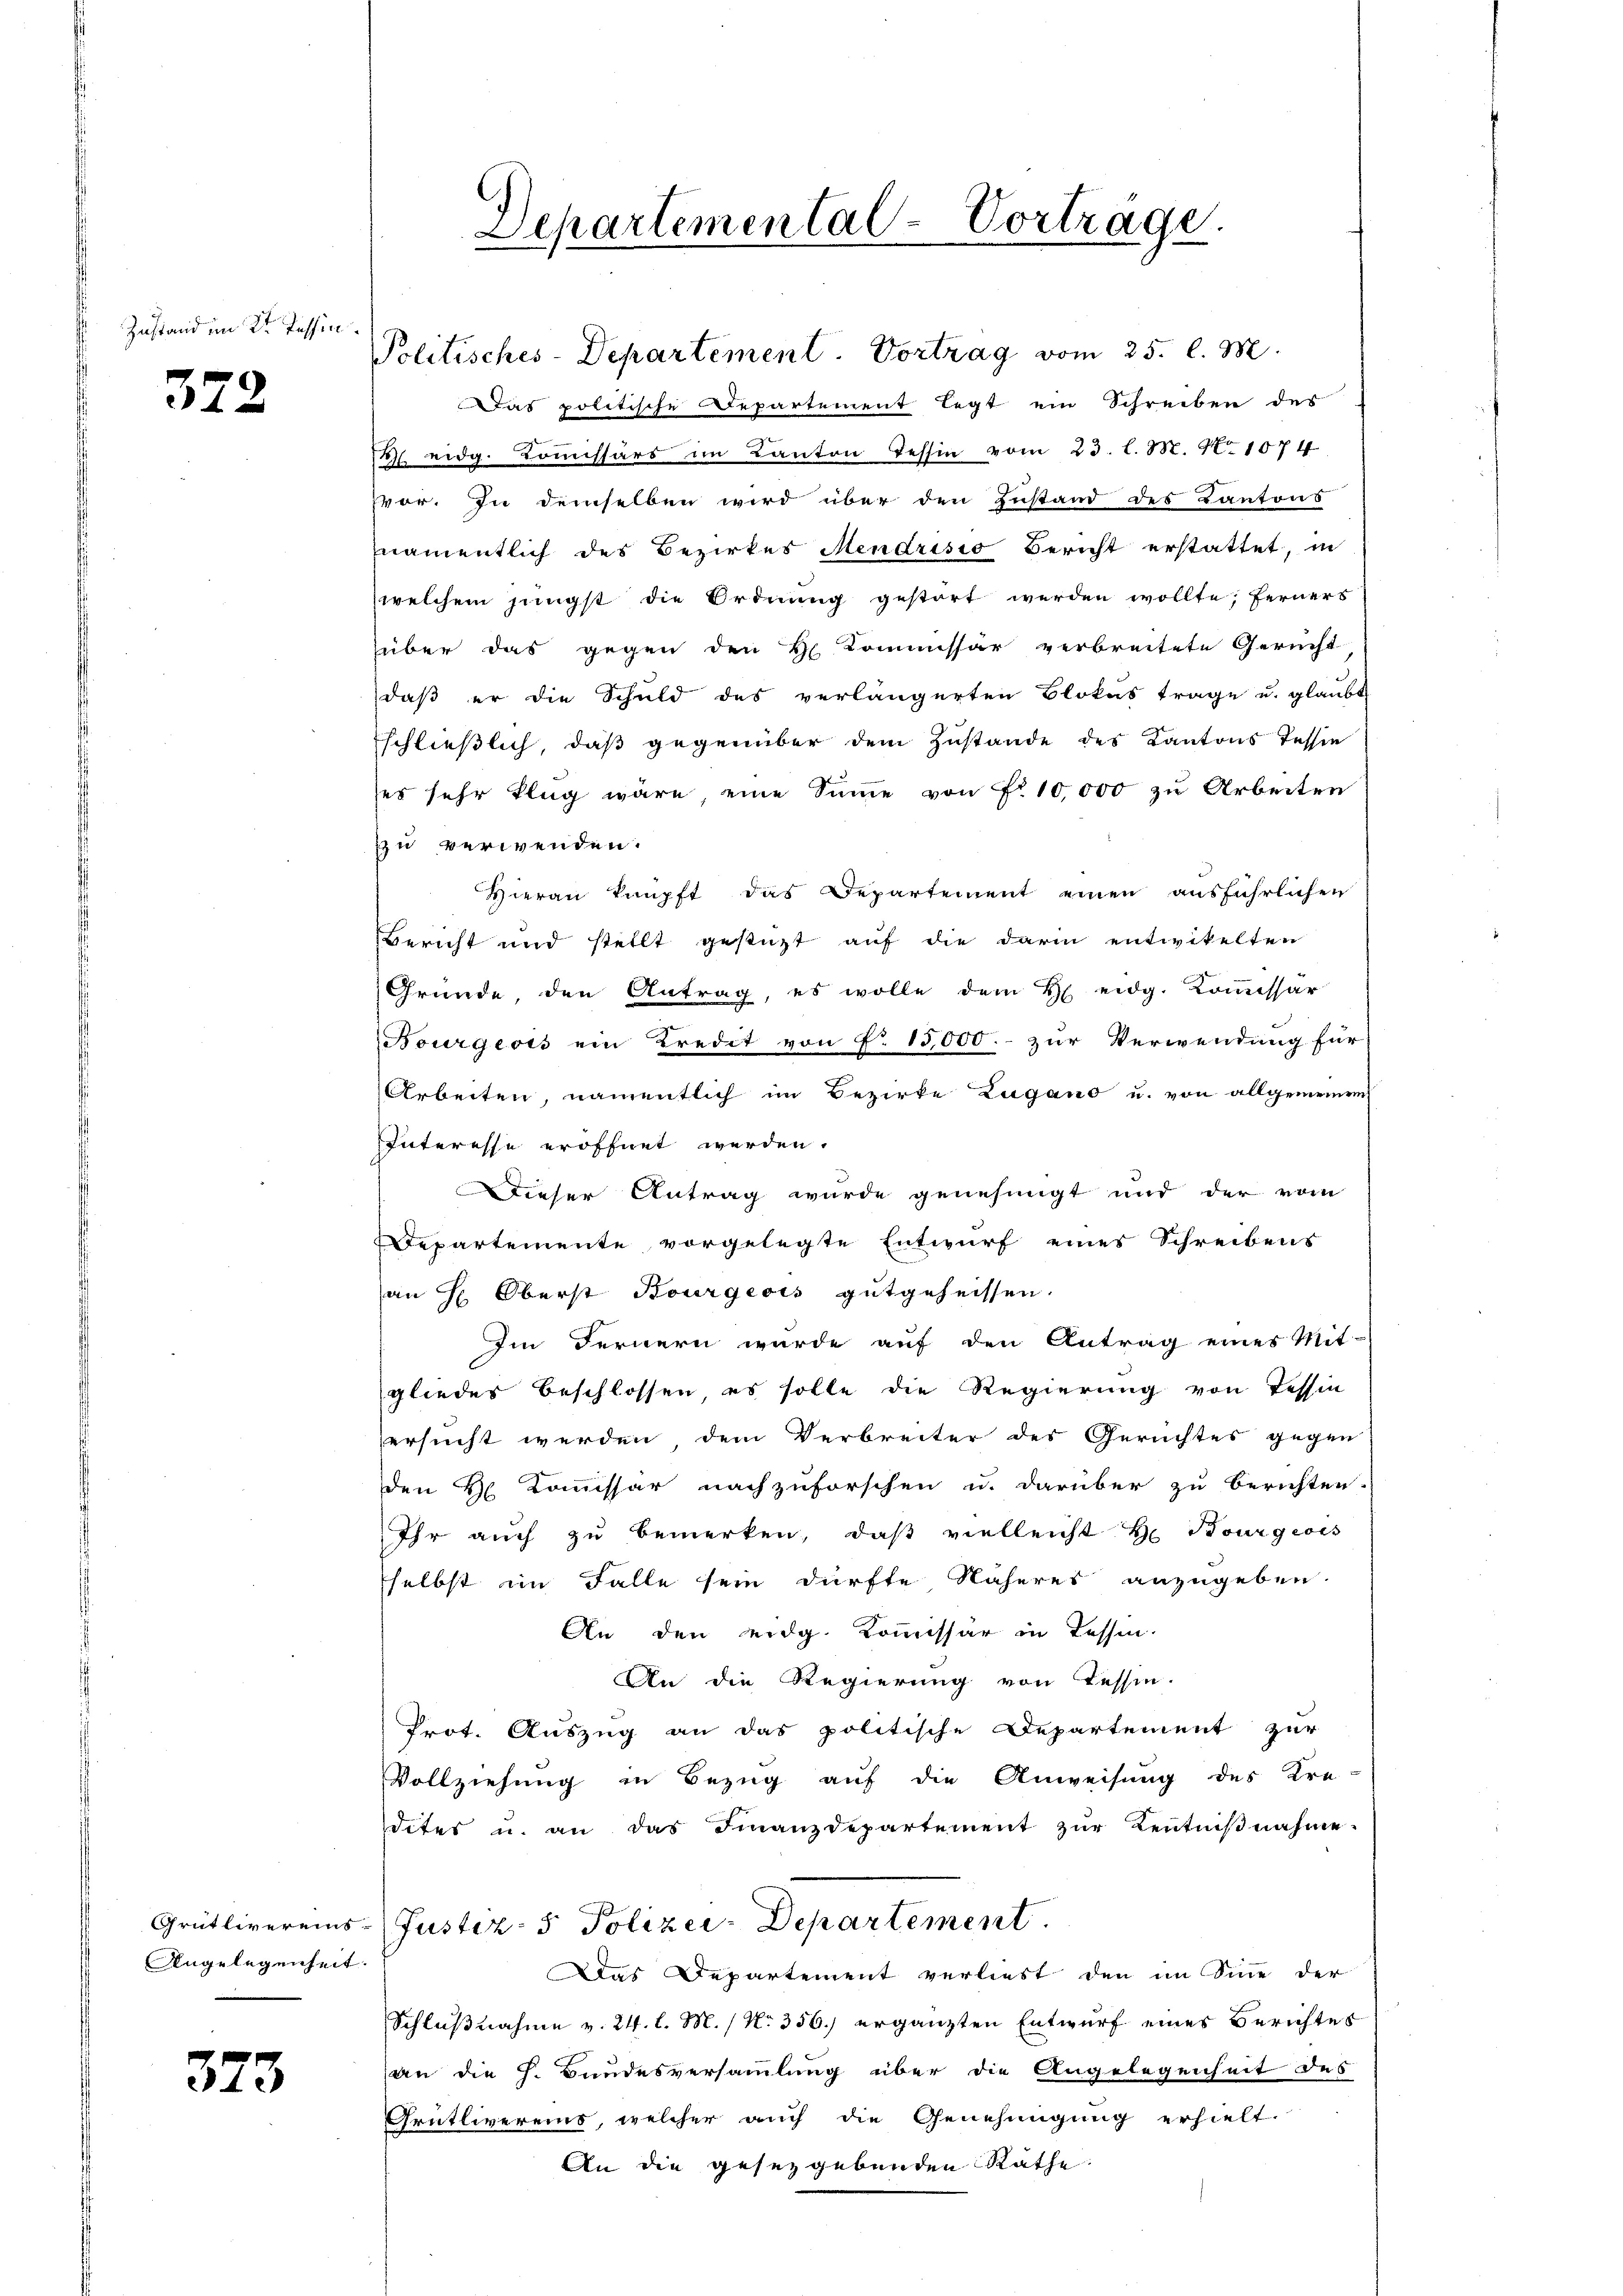
Zustand im 2ten Tessin

372

Angelegenheit.

373

Das politische Departement legt ein Schreiben des
 eidg. Koṁissärs im Kanton Tessin vom 23. l. M. N. 1074
vor. In demselben wird über den Zustand des Kantons
namentlich des Bezirkes Mendrisio Bericht erstattet, in
welchem jüngst die Ordnung gestört werden wollte; ferners
über das gegen den H Commissar verbreitete Gericht
daß er die Schuld des verlängerten Blokas trage u. glaubt
schließlich, daß gegenüber dem Zustande des Kantons Tessie
es sehr flug wäre, eine Sinne von Fr. 10,000 zu Arbeiten
zzu verwenden.
Hierau knüpft das Departement einen ausführlichen
Bericht und stellt gestüzt auf die darin entwikelten
Gründe, den Antrag, es wolle dem H eidg. Kommissar
Bourgeois ein Kredit von d. 15,000.- zur Verwendung für
Arbeiten, namentlich im Bezirke Lugano u. von allgemeinem
Interesse eröffnet werden.
Dieser Antrag wurde genehmigt und der vom
Departemente vorgelegte Entwurf eines Schreibens
an H. Oberst Bourgeois gutgeheissen.
Im Fernern wurde auf den Antrag eines Mit-
gliedes beschlossen, es solle die Regierung von Tessin
ersucht werden dem Verbreiter des Gerichtes gegen
den H. Kommissär nachzuforschen u. darüber zu berichten.
Ihr auch zu bemerken, daß vielleicht H. Bourgeois
selbst im Falle sein dürfte Näheres anzugeben.
An den eidg. Kommissär in Tessin.
An die Regierung von Tessin.
Prot. Auszug an das politische Departement zur
Vollziehung in Bezug auf die Anweisung des Kre-
dites u. an das Finanzdepartement zŭr Kenntniβnahme.
Grütlivereins-Justiz- & Polizei-Departement.
Das Departement verliest den im Sine der
Schlußnahme v. 24. l. M. / No 356.) ergänzten Entwurf eines Berichtes
an die h. Bundesversammlung über die Angelegenheit des
Grütlivereins, welcher auch die Genehmigung erhielt.
An die gesetzgebenden Rathe

Departemental-Vortrage.

Politisches-Departement. Vortrag vom 25. l. M.